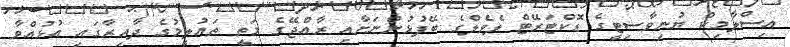
އިސްލާމިކް ޔުނިވާސިޓީގެ ޑޮކްޓަރޭޓް ލެވެލްގެ ބޭފުޅުންނަށާއި ރާއްޖޭގެ މަތީ ތައުލީމުގެ ދާއިރާގައި އުޅުއްވާ